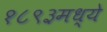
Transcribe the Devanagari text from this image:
१८९३मध्ये